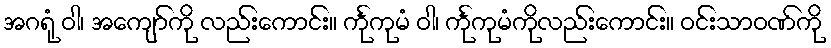
အဂရုံ ဝါ၊ အကျော်ကို လည်းကောင်း။ င်္ကုကုမံ ဝါ၊ င်္ကုကုမံကိုလည်းကောင်း။ ဝင်းသာဝဏ်ကို